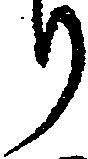
り